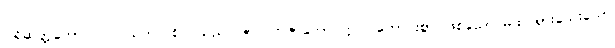
ပါရိဆတ္တကော၊ ပင်လယ်ကသစ်ပင်သည်။ ဇာလကဇာတော ဣဝ၊ ကောင်းစွာ ဖြစ်သော မထင်ရှားသေးသော